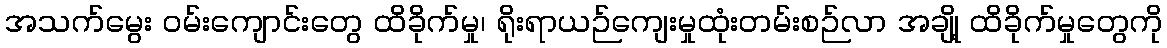
အသက်မွေး ဝမ်းကျောင်းတွေ ထိခိုက်မှု၊ ရိုးရာယဉ်ကျေးမှုထုံးတမ်းစဉ်လာ အချို့ ထိခိုက်မှုတွေကို